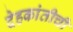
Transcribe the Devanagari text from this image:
देहकांतीची